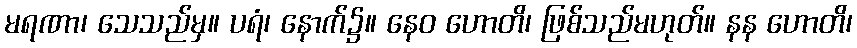
မရဏာ၊ သေသည်မှ။ ပရံ၊ နောက်၌။ နေဝ ဟောတိ၊ ဖြစ်သည်မဟုတ်။ နန ဟောတိ၊